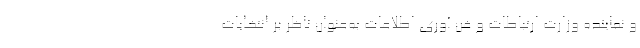
و نماینده وزارت ارتباطات و فن آوری اطلاعات به‌عنوان ناظر بر انتخابات